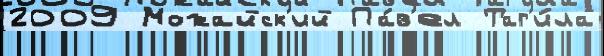
2009 Можайск'ий Па́в'ел Таг'и́ла